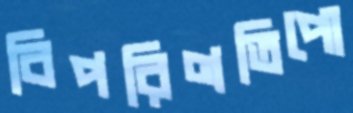
বিপরিণতিপো